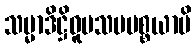
သမ္မာဒိဋ္ဌိဝူပသမပစ္စယာပိ